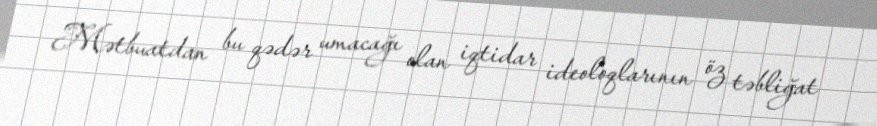
Mətbuatdan bu qədər umacağı olan iqtidar ideoloqlarının öz təbliğat